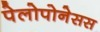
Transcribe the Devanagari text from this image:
पेलोपोनेसस